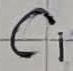
Text: C1